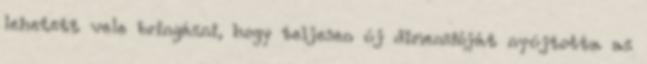
lehetett vele bringázni, hogy teljesen új dimenzióját nyújtotta az